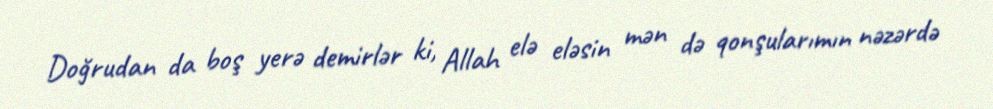
Doğrudan da boş yerə demirlər ki, Allah elə eləsin mən də qonşularımın nəzərdə